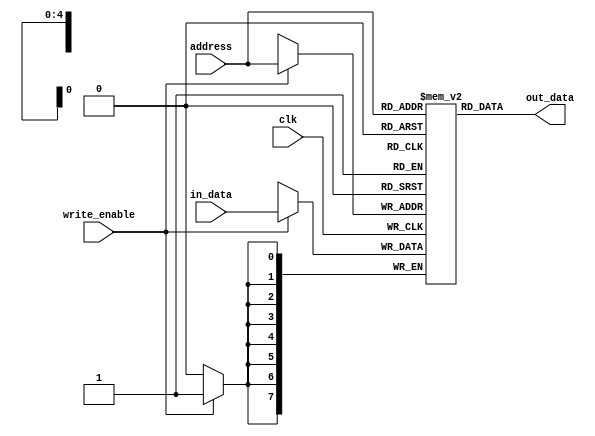
module RAM #(
    parameter ADDRESS_WIDTH = 5,
    parameter DATA_WIDTH = 8
)
(
    input clk,
    input [ADDRESS_WIDTH-1:0] address,
    input [DATA_WIDTH-1:0] in_data,
    output [DATA_WIDTH-1:0] out_data,
    input write_enable
);

localparam  DATA_DEPTH = 2 ** ADDRESS_WIDTH;

reg [DATA_WIDTH-1:0] memory [DATA_DEPTH-1:0];

integer i;
initial begin
    for(i = 0; i < DATA_DEPTH; i = i + 1) begin
        memory[i] = 3;
    end
    memory[21] = 10;
end

always @(posedge clk) begin
    if(write_enable)  
        memory[address] <= in_data;
end

assign out_data = memory[address];

endmodule